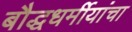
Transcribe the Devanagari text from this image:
बौद्धधर्मीयांचा